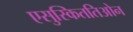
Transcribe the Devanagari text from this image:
एसुस्किततिओन